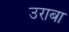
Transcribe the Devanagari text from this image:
उराबा